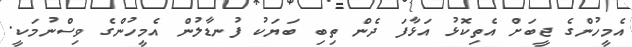
އެމީހުންގެ ޖީބަށް އެތިކޮޅު އަޅާފަ ދެން ތިބި ބަޔަކު ފުނޑާލުން އެމީހުންގެ ވިސްނުމަކީ.